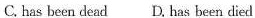
C. has been dead D. Has been died